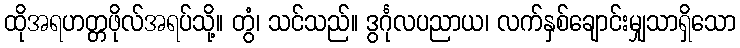
ထိုအရဟတ္တဖိုလ်အရပ်သို့။ တွံ၊ သင်သည်။ ဒွင်္ဂုလပညာယ၊ လက်နှစ်ချောင်းမျှသာရှိသော